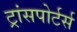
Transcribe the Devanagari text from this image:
ट्रांसपोर्टर्स